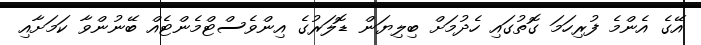
އޭގެ އެންމެ ފުރިހަމަ ގޮތުގައި ހެދުމަށް ބިލިޔަން ޑޮލަރުގެ އިންވެސްޓްމެންޓެއް ބޭނުންވާ ކަމަށާއި